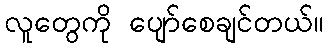
လူတွေကို ပျော်စေချင်တယ်။